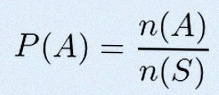
P(A)=\frac{n(A)}{n(S)}